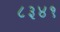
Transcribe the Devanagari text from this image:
८३४१